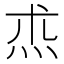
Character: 𤇍